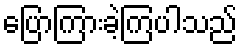
ပြောကြားခဲ့ကြပါသည်